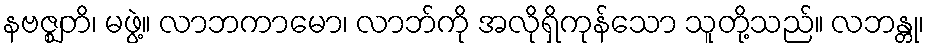
နဗဇ္ဈတိ၊ မဖွဲ့။ လာဘကာမော၊ လာဘ်ကို အလိုရှိကုန်သော သူတို့သည်။ လဘန္တု၊